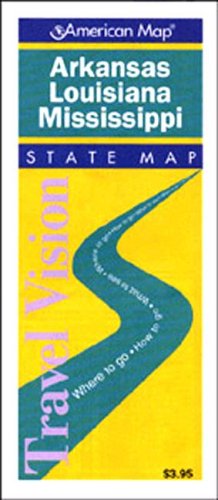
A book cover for Arkansas/Louisiana/Mississippi: State Map (Travel Vision); Travel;